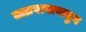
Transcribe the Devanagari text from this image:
ताम्रपाषाणयुग